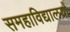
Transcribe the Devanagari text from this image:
समहाविद्यालयों